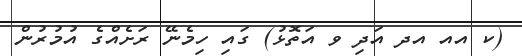
(ކ އއ އދ އަދި ވ އަތޮޅު) ގައި ހިމެނޭ ރަށެއްގެ އުމުރުން